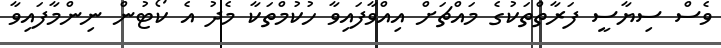
ވެސް ސިޔާސީ ފަރާތްތަކުގެ މައްޗަށް އިއްވާފައިވާ ހުކުމްތަކާ މެދު އެ ކޯޓުން ނިންމާފައިވާ